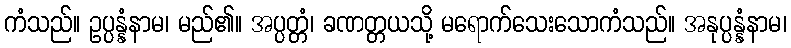
ကံသည်။ ဥပ္ပန္နံနာမ၊ မည်၏။ အပ္ပတ္တံ၊ ခဏတ္တယသို့ မရောက်သေးသောကံသည်။ အနုပ္ပန္နံနာမ၊